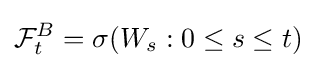
{\mathcal {F}}_{t}^{B}=\sigma (W_{s}:0\leq s\leq t)